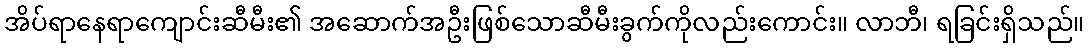
အိပ်ရာနေရာကျောင်းဆီမီး၏ အဆောက်အဦးဖြစ်သောဆီမီးခွက်ကိုလည်းကောင်း။ လာဘီ၊ ရခြင်းရှိသည်။